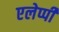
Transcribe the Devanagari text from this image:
एलेप्पी